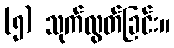
(၅) သုက်လွတ်ခြင်း။